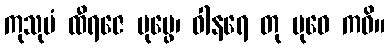
ကုသုမံ ထီရဇေ ပုပ္ဖေ၊ ဝါနရေ တု ဗုဓေ ကဝိ။